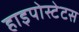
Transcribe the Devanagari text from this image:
हाइपोस्टेटस